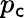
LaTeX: p_{\mathsf{c}}